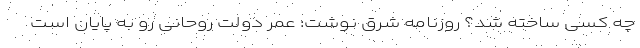
چه کسی ساخته شد؟ روزنامه شرق نوشت: عمر دولت روحانی رو به پایان است